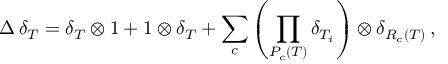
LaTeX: \Delta \, \delta _ { T } = \delta _ { T } \otimes 1 + 1 \otimes \delta _ { T } + \sum _ { c } \left( \prod _ { P _ { c } ( T ) } \delta _ { T _ { i } } \right) \otimes \delta _ { R _ { c } ( T ) } \, ,